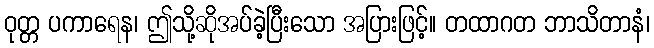
ဝုတ္တ ပကာရေန၊ ဤသို့ဆိုအပ်ခဲ့ပြီးသော အပြားဖြင့်။ တထာဂတ ဘာသိတာနံ၊